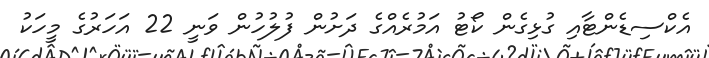
އެކްސިޑެންޓާއި ގުޅިގެން ކޯޓު އަމުރެއްގެ ދަށުން ފުލުހުން ވަނީ 22 އަހަރުގެ މީހަކު